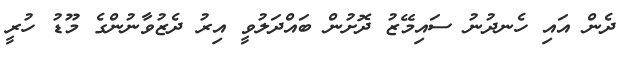
ދެން އައި ހެނދުނު ސައިމޭޒު ދޮށުން ބައްދަލުވީ އިރު ދެޒުވާނުންގެ މޫޑު ހުރީ